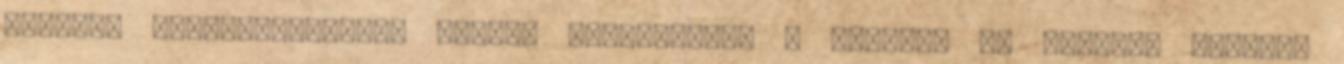
repülés szerelmeseinek. Hírek, információk a polgári és katonai repülés